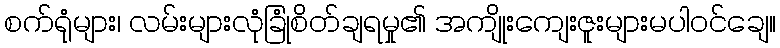
စက်ရုံများ၊ လမ်းများလုံခြုံစိတ်ချရမှု၏ အကျိုးကျေးဇူးများမပါဝင်ချေ။